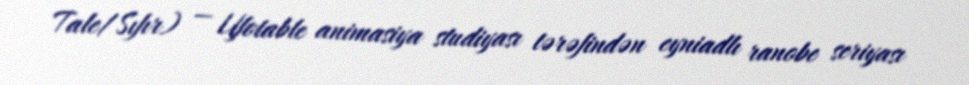
Tale/Sıfır) — Ufotable animasiya studiyası tərəfindən eyniadlı ranobe seriyası